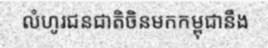
លំហូរជនជាតិចិនមកកម្ពុជានឹង